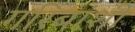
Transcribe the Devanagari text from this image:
गरिबांशी